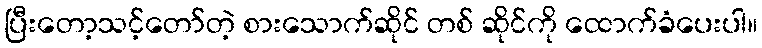
ပြီးတော့သင့်တော်တဲ့ စားသောက်ဆိုင် တစ် ဆိုင်ကို ထောက်ခံပေးပါ။